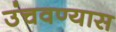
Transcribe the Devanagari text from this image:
उंचवण्यास